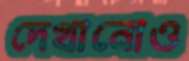
দেখানোও